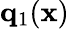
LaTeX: {\mathbf q}_{1}({\mathbf x})